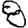
Digit: 8